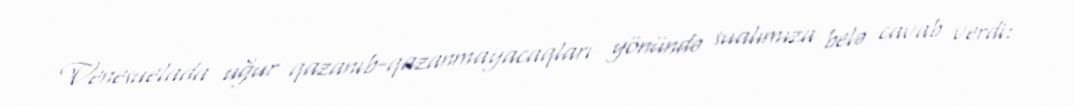
Venesuelada uğur qazanıb-qazanmayacaqları yönündə sualımıza belə cavab verdi: